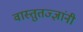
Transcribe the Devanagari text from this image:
वास्तुतज्ज्ञांनी